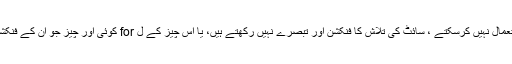
آپ رابطہ فارم استعمال نہیں کرسکتے ، سائٹ کی تلاش کا فنکشن اور تبصرے نہیں رکھتے ہیں، یا اس چیز کے ل for کوئی اور چیز جو ان کے فنکشن میں متحرک ہو۔